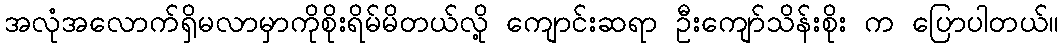
အလုံအလောက်ရှိမလာမှာကိုစိုးရိမ်မိတယ်လို့ ကျောင်းဆရာ ဦးကျော်သိန်းစိုး က ပြောပါတယ်။